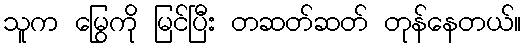
သူက မြွေကို မြင်ပြီး တဆတ်ဆတ် တုန်နေတယ်။